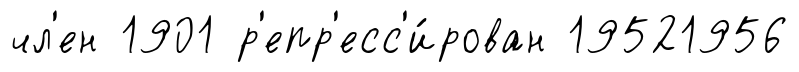
чл'ен 1901 р'епр'есс'и́рован 19521956